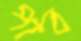
পাব